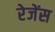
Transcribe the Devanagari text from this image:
रेजेंस